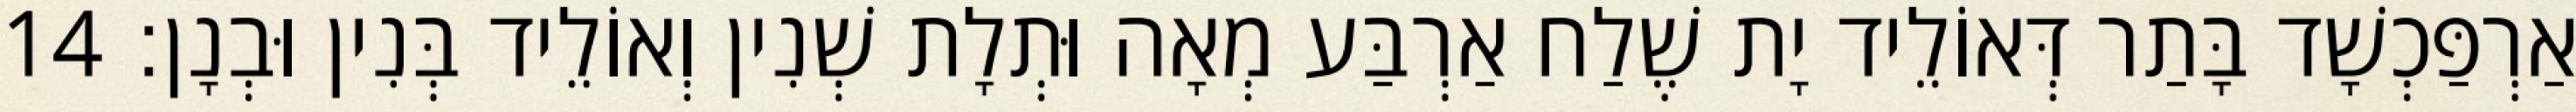
אַרְפַּכְשָׁד בָּתַר דְּאוֹלֵיד יָת שֶׁלַח אַרְבַּע מְאָה וּתְלָת שְׁנִין וְאוֹלֵיד בְּנִין וּבְנָן׃ 14